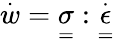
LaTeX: \overset{\cdot}{w}=\underset{=}{\sigma}:\overset{\cdot}{\underset{=}{\epsilon}}